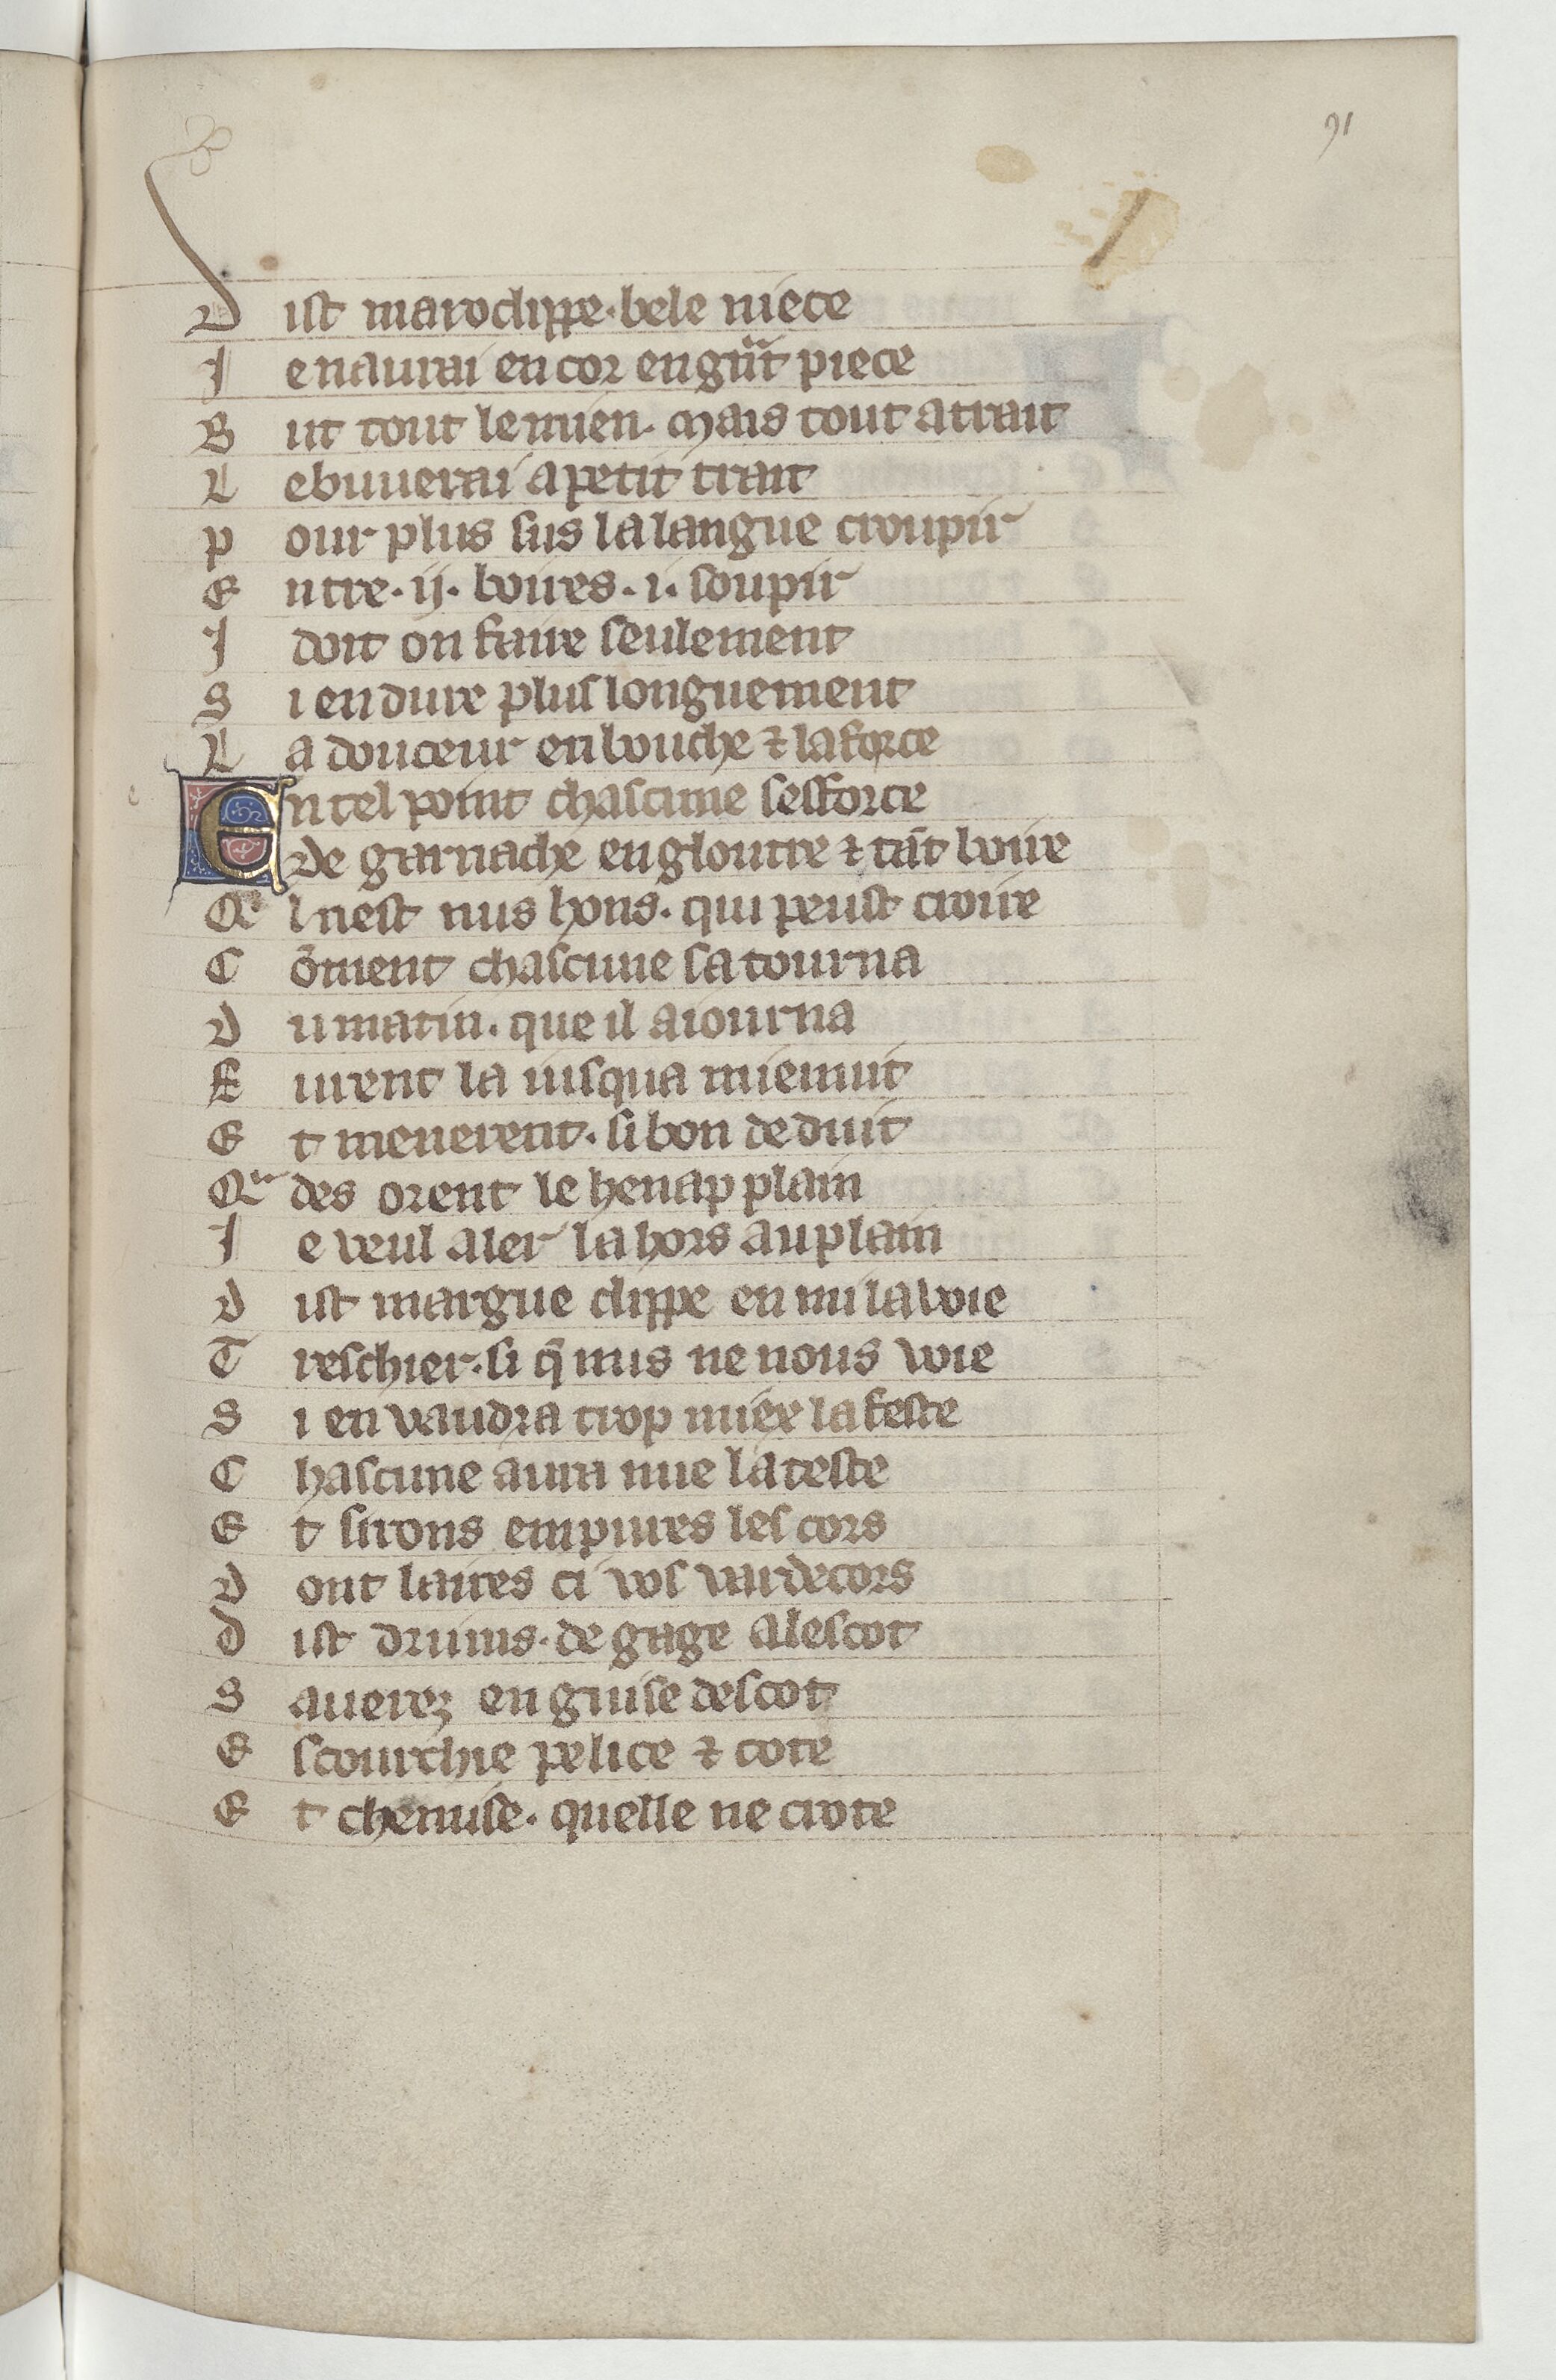
Shelfmark: Paris, BnF, Arsenal ms. 3525
Century: 14